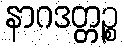
နာဂဒတ္တဉ္စ